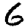
Digit: 6